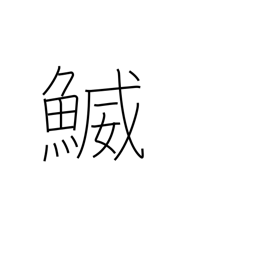
Meaning: a type of fish